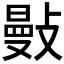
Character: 𢿕